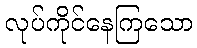
လုပ်ကိုင်နေကြသော